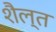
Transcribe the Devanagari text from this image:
शैल्त